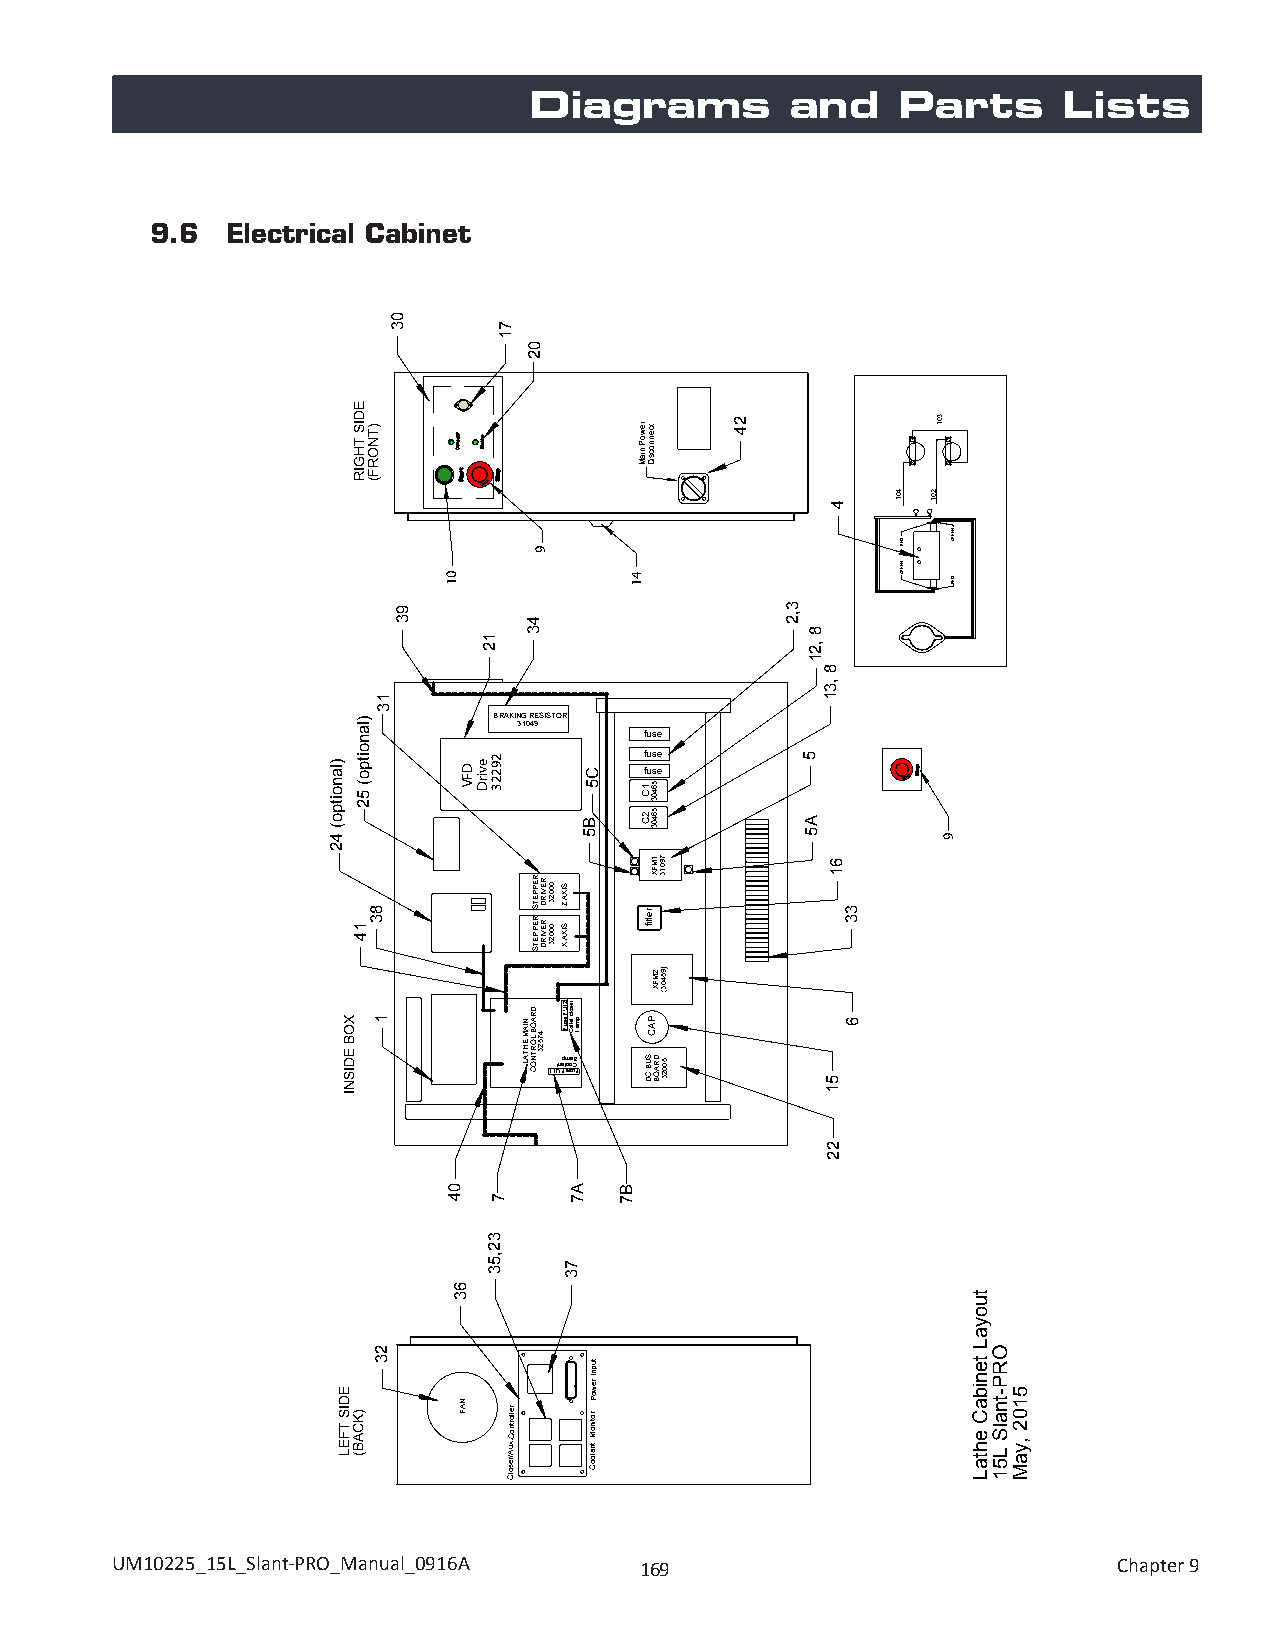
Diagrams         and     Parts     Lists
 9.6  Electrical Cabinet
 BRAKING RESISTOR 31049
 fuse
 fuse fuse
 11UtnFap lm eosoa uC8 F
 UM10225_15L_Slant-PRO_Manual_0916A 169                             Chapter 9
 )lanoitpo(
 42
 XOB EDISNI
 EDIS
 TFEL
 EDIS
 THGIR
 )lanoitpo(
 52
 14
 )KCAB(
 )TNORF(
 13
 83
 1
 23
 03
 93
 01
 DFV
 04
 63
 NAF
 evirD
 12
 29223
 7
 32,53
 71
 rellortnoC.xuA/resolC
 02
 9
 43
 R RE EP VP IE RT DS
 R RE EP VP IE RT DS
 DR AN OIA B 4M L 7 O 5E 2H R 3T TA NL OC
 00023
 00023
 SIXA Z
 SIXA X
 2 re1 sU oF lc e ptes mu llaoF C1
 A7
 73
 C5
 B5
 tupnI
 rewoP
 rotinoMtnalooC
 B7
 41
 r e tcw
 eo nP no
 n ci sa iM D
 51 6C 403
 562
 4C 03
 71 9M 0F 1X 3 retlif
 )92
 5M 4F 0X 3(
 PAC S D 5U R 0B A 0 2OC 3BD
 24
 3,2
 8
 ,21
 5
 A5
 4
 8
 ,31
 61
 51
 22
 33
 6
 401
 DER
 NEERG
 301
 201
 9
 NEERG
 DER
 tuoyaL
 tenibaC
 ehtaL
 ORP-tnalS
 L51
 5102
 ,yaM